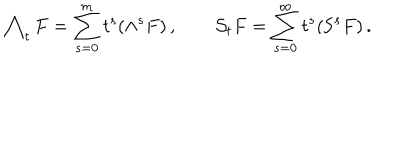
\bigwedge _ { t } F = \sum _ { s = 0 } ^ { m } t ^ { s } ( \wedge ^ { s } F ) \, , \qquad \mathcal { S } _ { t } F = \sum _ { s = 0 } ^ { \infty } t ^ { s } ( \mathrm { S } ^ { s } F ) \, .